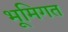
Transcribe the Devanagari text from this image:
भूमिगत